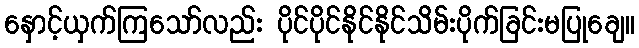
နှောင့်ယှက်ကြသော်လည်း ပိုင်ပိုင်နိုင်နိုင်သိမ်းပိုက်ခြင်းမပြုချေ။